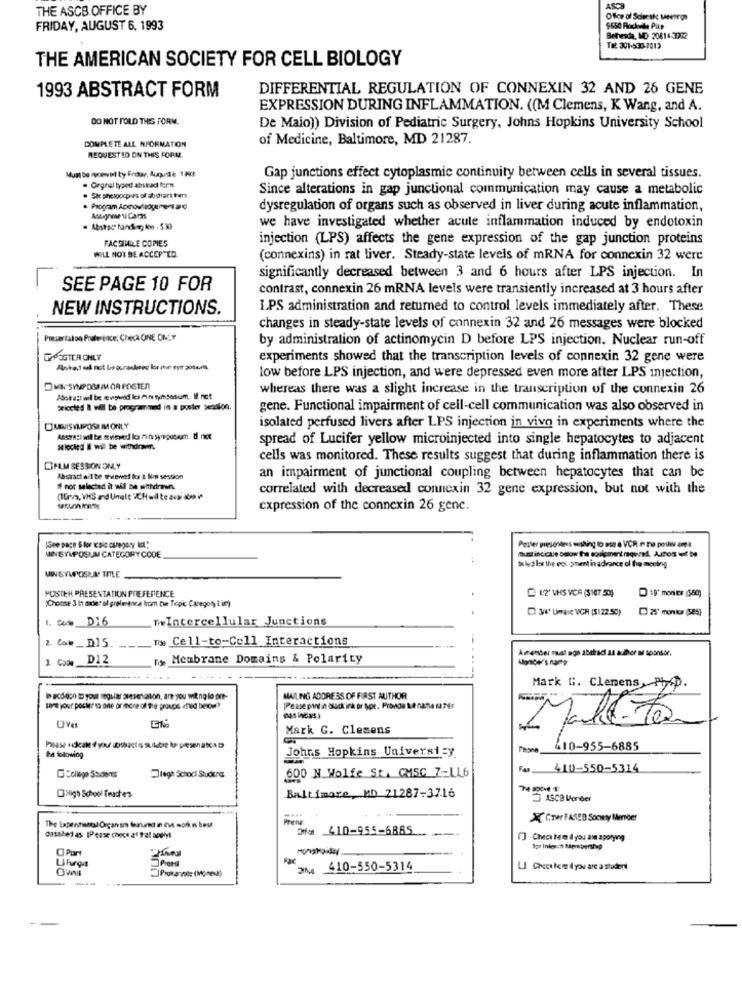
THE ASCB OFFICE BY
ASS
FRIDAY, AUGUST 6, 1993
$650 Rochele Pike
Bethesda, MD 20814-3982
Tot 301-530-7013
THE AMERICAN SOCIETY FOR CELL BIOLOGY
1993 ABSTRACT FORM
DIFFERENTIAL REGULATION OF CONNEXIN 32 AND 26 GENE
EXPRESSION DURING INFLAMMATION. ((M Clemens, K Wang, and A.
DO NOT FOLD THIS FORM.
De Maio)) Division of Pediatric Surgery, Johns Hopkins University School
COMPLETE ALL NFORMATION
of Medicine, Baltimore, MD 21287.
REQUESTID ON THIS FORM.
Must be soewid ty Fedup, Augude 1PX!
Gap junctions effect cytoplasmic continuity between cells in several tissues.
. Orgnal typed abskrad fern
Since alterations in gap junctional communication may cause a metabolic
. Sk phelocpies of abshart tam
dysregulation of organs such as observed in liver during acute inflammation,
Aszymen Caras
we have investigated whether acute inflammation induced by endotoxin
FACSIMILE COPIES
injection (LPS) affects the gene expression of the gap junction proteins
WILL NOT BE ACCEPTED.
(connexins) in rat liver. Steady-state levels of mRNA for connexin 32 were
significantly decreased between 3 and 6 hours after LPS injection. In
SEE PAGE 10 FOR
contrast, connexin 26 mRNA levels were transiently increased at 3 hours after
NEW INSTRUCTIONS.
IPS administration and returned to control levels immediately after. These
changes in steady-state levels of connexin 32 and 26 messages were blocked
Passariaton Praference; Checa ONE ONLY
by administration of actinomycin D before LPS injection. Nuclear run-off
FOSGTERONLY
experiments showed that the transcription levels of connexin 32 gene were
low before LPS injection, and were depressed even more after LPS injection,
DVN SWPOMIMOA POSTER
whereas there was a slight increase in the transcription of the connexin 26
Abska:)vil be wgwid kes Finitysosum. If not
priceled I wil be programmed in a poster Session.
gene. Functional impairment of cell-cell communication was also observed in
isolated perfused livers after LPS injection in vivo in experiments where the
spread of Lucifer yellow microinjected into single hepatocytes to adjacent
#locked i wil be withdraws
cells was monitored. These results suggest that during inflammation there is
DHLM SESSION ONLY
Abstract all be reviewed for a lim session
an impairment of junctional coupling between hepatocytes that can be
# nor selected it will be withdrains
correlated with decreased connexin 32 gene expression, but not with the
(1Erva, VHS and Ungle "CHwil te acabo ip
expression of the connexin 26 gene.
(See page Stor aic csnegosy lol!
funtincicale Daow the soulcanent round. Aunos ut be
Wer presentes wishing to sse a VCR in no poster emea
MIN GYMPOSUN CATEGORY CODE
Whether the eou oment in advance ol he mesiing
MIN SYLPOSLA' TITLE
POSTER PRESENTATION PREFERENCE
"Choose 3 in axdier ol greieenca from the Topic Caregory I in)
D 34 UmaIc VICH (5122.50)
25' montor (585]
Date D'6
TheIntercellular Junctions
me Cell-to-Cell Interactions
Cat_D15
A member must agn abstrac as author a sponsor.
Code D12
r. Membrane Domains & Polarity
.....
Mark G. Clemens,Ph.D.
acddon to your regular ameseviaton, are you wit no lo pre-
MAILING ADDRESS OF FIRST AUTHOR
sare your poster sa one or more of the provos aned below?
[Pease point in black ink or spr. Provos te nane szer
Maleta
Mark G. Clemens
Johns Hopkins University
410-955-6885
the following
600 N Wolfe St. CMSC 7-LL6
Fan
410-550-5314
lege Schodi Studers
High School Teaches
Baltimore, MD 21287-3716
ASCB Wonder
-...
XCTer FASED Soonty Member
Dfs 410-955-6885
dasshed as IPease chece al fat sogly!
[] Chesten d you am aporyrg
O Part
Ufuros
O'WI
JN 410-550-5314
LI Cheectler ( you are a student